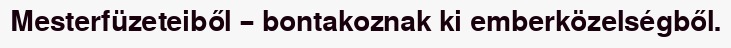
Mesterfüzeteiből – bontakoznak ki emberközelségből.